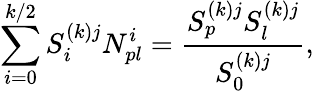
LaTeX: \sum_{i=0}^{k/2}S_{i}^{(k)j}N_{pl}^{i}=\frac{S_{p}^{(k)j}S_{l}^{(k)j}}{S_{0}^{(k)j}},